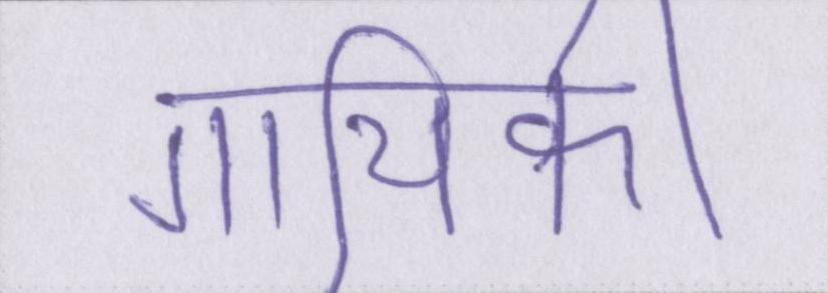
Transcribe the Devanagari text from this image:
गायिकी